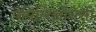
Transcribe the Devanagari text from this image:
पैपिलिओनेसी